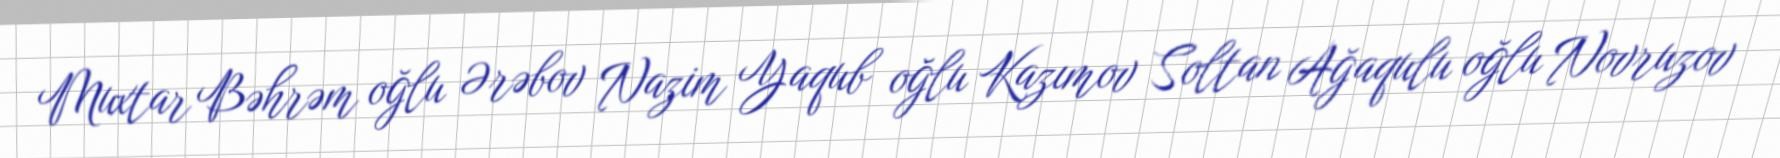
Muxtar Bəhrəm oğlu Ərəbov Nazim Yaqub oğlu Kazımov Soltan Ağaqulu oğlu Novruzov